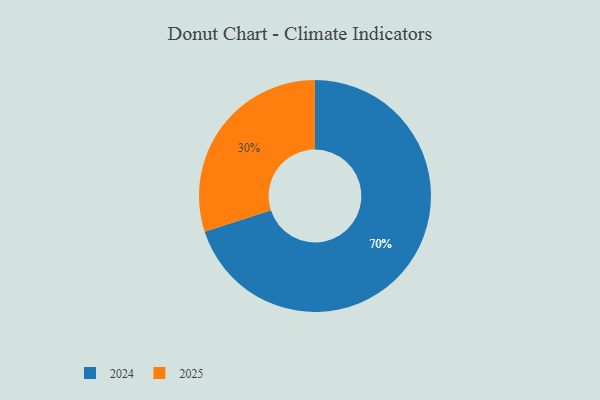
{"axis": {"x": "Category", "y": "Percentage"}, "legend": ["2024", "2025"], "data": [{"x": "2025", "y": 30, "type": "2025"}, {"x": "2024", "y": 70, "type": "2024"}]}